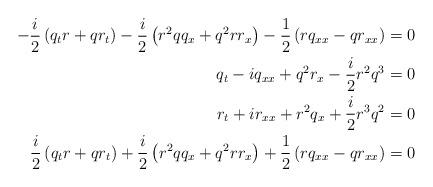
LaTeX: \begin{align*}-\frac{i}{2}\left(q_tr+qr_t\right)-\frac{i}{2}\left(r^2 qq_x+q^2rr_x\right)-\frac{1}{2}\left(rq_{xx}-qr_{xx}\right)&=0\\q_t -iq_{xx}+q^2 r_x -\frac{i}{2}r^2q^3 &=0\\r_t +ir_{xx}+r^2 q_x +\frac{i}{2}r^3 q^2 &=0\\\frac{i}{2}\left(q_tr+qr_t\right)+\frac{i}{2}\left(r^2 qq_x+q^2rr_x\right)+\frac{1}{2}\left(rq_{xx}-qr_{xx}\right)&=0\end{align*}